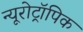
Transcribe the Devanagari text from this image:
न्यूरोट्रॉपिक